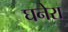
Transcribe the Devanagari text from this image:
घनेरा